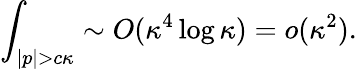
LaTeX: \int_{|p|>c\kappa}\sim O(\kappa^{4}\log\kappa)=o(\kappa^{2}).